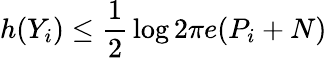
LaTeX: h(Y_{i})\leq{\frac{1}{2}}\log{2\pi e}(P_{i}+N)\,